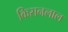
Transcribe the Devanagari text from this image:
किसनलाल